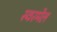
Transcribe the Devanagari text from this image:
स्वरमेल